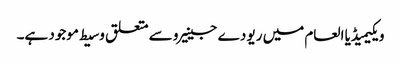
ویکیمیڈیا العام میں ریو دے جینیرو سے متعلق وسیط موجود ہے۔